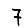
Digit: 7